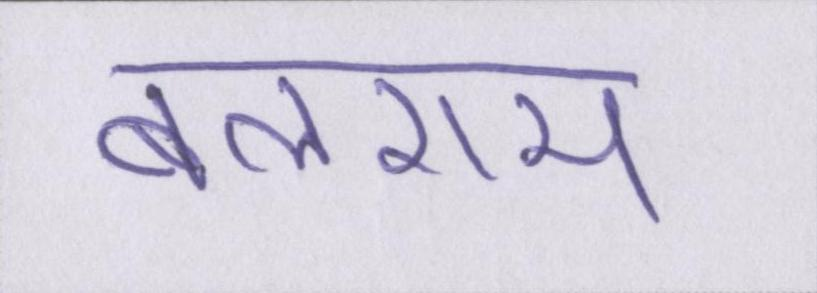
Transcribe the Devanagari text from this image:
बलराम